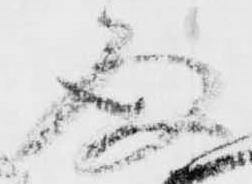
存